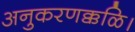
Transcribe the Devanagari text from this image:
अनुकरणक्कळि।